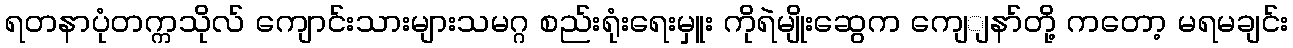
ရတနာပုံတက္ကသိုလ် ကျောင်းသားများသမဂ္ဂ စည်းရုံးရေးမှူး ကိုရဲမျိုးဆွေက ကျေျနာ်တို့ ကတော့ မရမချင်း